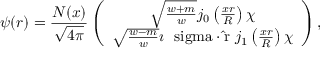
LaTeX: \psi ( r ) = \frac { N ( x ) } { \sqrt { 4 \pi } } \left( \begin{array} { c } { { \sqrt { \frac { w + m } { w } } j _ { 0 } \left( \frac { x r } { R } \right) \chi } } \\ { { \sqrt { \frac { w - m } { w } } \imath \mathrm { \boldmath ~ \ s i g m a \cdot \hat { r } ~ } j _ { 1 } \left( \frac { x r } { R } \right) \chi } } \end{array} \right) ,